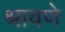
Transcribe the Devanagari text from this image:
श्रावणे